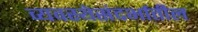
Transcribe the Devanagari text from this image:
व्यवस्थेसंदर्भातील